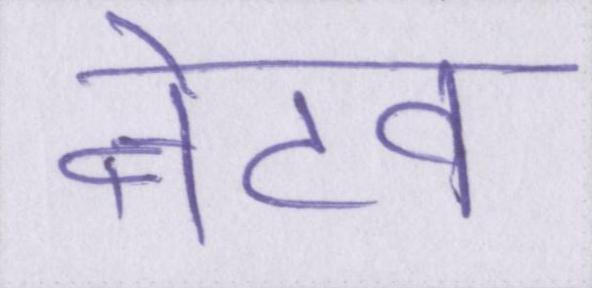
नेटव